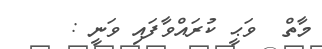
މާތް  ވަޙީ ކުރައްވާފައި ވަނީ :